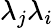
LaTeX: \lambda_{j}\lambda_{i}